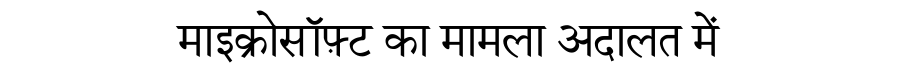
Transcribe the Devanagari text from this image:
माइक्रोसॉफ़्ट का मामला अदालत में